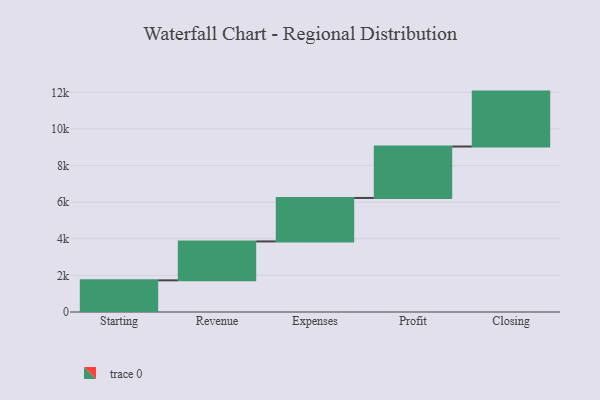
{"axis": {"x": "Step", "y": "Value"}, "legend": [""], "data": [{"x": "Starting", "y": 1730.0, "type": ""}, {"x": "Revenue", "y": 2126.0, "type": ""}, {"x": "Expenses", "y": 2375.0, "type": ""}, {"x": "Profit", "y": 2811.0, "type": ""}, {"x": "Closing", "y": 3000, "type": ""}]}